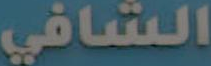
الشافي